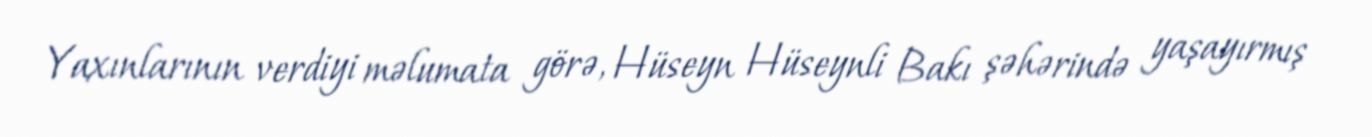
Yaxınlarının verdiyi məlumata görə, Hüseyn Hüseynli Bakı şəhərində yaşayırmış